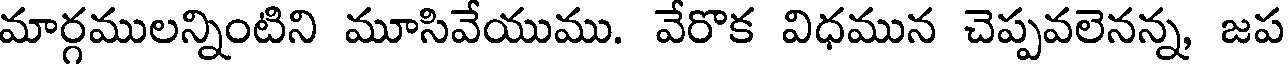
మార్గములన్నింటిని మూసివేయుము. వేరొక విధమున చెప్పవలెనన్న, జప